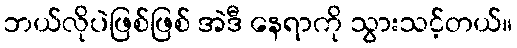
ဘယ်လိုပဲဖြစ်ဖြစ် အဲဒီ နေရာကို သွားသင့်တယ်။